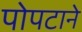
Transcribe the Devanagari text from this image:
पोपटाने